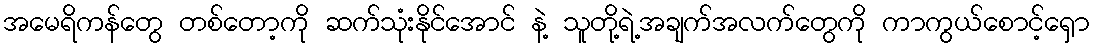
အမေရိကန်တွေ တစ်တော့ကို ဆက်သုံးနိုင်အောင် နဲ့ သူတို့ရဲ့အချက်အလက်တွေကို ကာကွယ်စောင့်ရှော